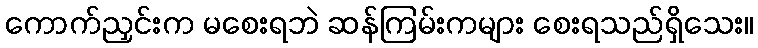
ကောက်ညှင်းက မစေးရဘဲ ဆန်ကြမ်းကများ စေးရသည်ရှိသေး။